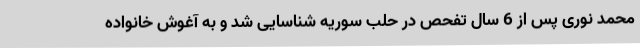
محمد نوری پس از 6 سال تفحص در حلب سوریه شناسایی شد و به آغوش خانواده